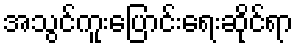
အသွင်ကူးပြောင်းရေးဆိုင်ရာ